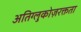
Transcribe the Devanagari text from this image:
अतिग्लुकोज़रक्तता